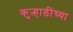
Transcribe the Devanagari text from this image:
कुऱ्हाडींच्या